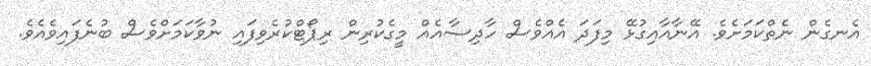
އެނގެން ނެތްކަމަށެވެ. އޭނާއާއިގުޅޭ މިފަދަ އެއްވެސް ހާދިސާއެއް މީގެކުރިން ރިޕޯޓްކުރެވިފައި ނުވާކަމަށްވެސް ބުނެފައިވެއެވެ.